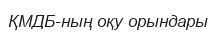
ҚМДБ-ның оқу орындары